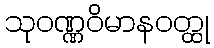
သုဝဏ္ဏဝိမာနဝတ္ထု